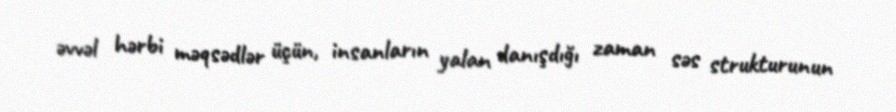
əvvəl hərbi məqsədlər üçün, insanların yalan danışdığı zaman səs strukturunun